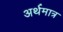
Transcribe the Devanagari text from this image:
अर्थमात्र